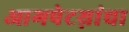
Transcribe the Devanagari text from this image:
आगपेटय़ांचा